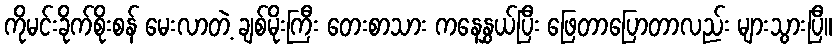
ကိုမင်းခိုက်စိုးစန် မေးလာတဲ့ ချစ်မိုးကြီး တေးစာသား ကနေနွှယ်ပြီး ဖြေတာပြောတာလည်း များသွားပြီ။